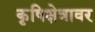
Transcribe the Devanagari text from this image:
कृषिक्षेत्रावर